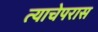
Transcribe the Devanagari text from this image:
त्याचेपरास